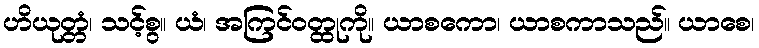
ဟိယုတ္တံ၊ သင့်စွ။ ယံ၊ အကြင်ဝတ္ထုကို။ ယာစကော၊ ယာစကာသည်။ ယာစေ၊